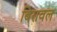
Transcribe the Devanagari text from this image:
बिरावल